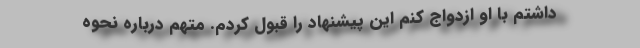
داشتم با او ازدواج کنم این پیشنهاد را قبول کردم. متهم درباره نحوه